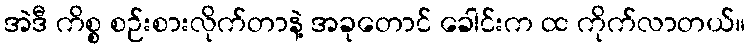
အဲဒီ ကိစ္စ စဉ်းစားလိုက်တာနဲ့ အခုတောင် ခေါင်းက ထ ကိုက်လာတယ်။